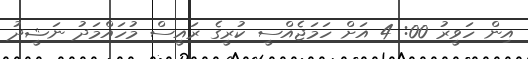
އިން ހަވީރު 00: 4 އަށް ހަމަޖެއްސީ ކުރީގެ ރައީސް މުހައްމަދު ނަޝީދު